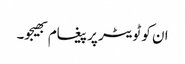
ان کو ٹویٹر پر پیغام بھیجو۔